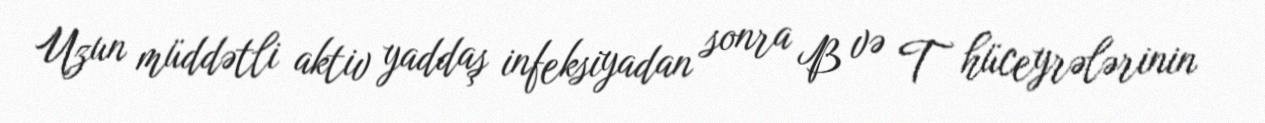
Uzun müddətli aktiv yaddaş infeksiyadan sonra B və T hüceyrələrinin